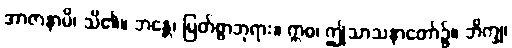
အာဇာနာမိ၊ သိ၏။ ဘန္တေ၊ မြတ်စွာဘုရား။ ဣဓ၊ ဤသာသနာတော်၌။ ဘိက္ခု၊